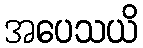
အပေသယိ